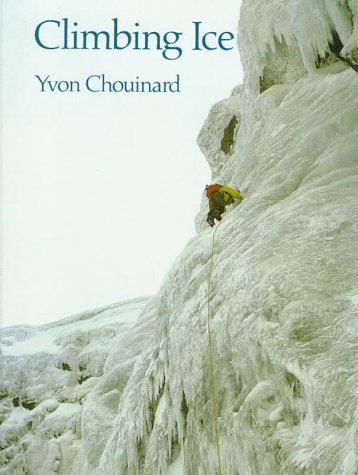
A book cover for Climbing Ice; Yvon Chouinard; Sports & Outdoors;